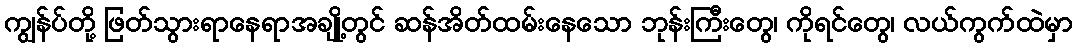
ကျွန်ပ်တို့ ဖြတ်သွားရာနေရာအချို့တွင် ဆန်အိတ်ထမ်းနေသော ဘုန်းကြီးတွေ၊ ကိုရင်တွေ၊ လယ်ကွက်ထဲမှာ